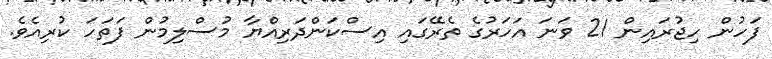
ފަހުން ހިޖުރައިން 21 ވަނަ އަހަރުގެ ތެރޭގައި އިސްކަންދަރިއްޔާ މުސްލިމުން ފަތަހަ ކުރިއެވެ.